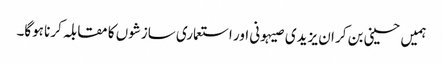
ہمیں حسینی بن کر ان یزیدی صیہونی اور استعماری سازشوں کا مقابلہ کرنا ہوگا۔